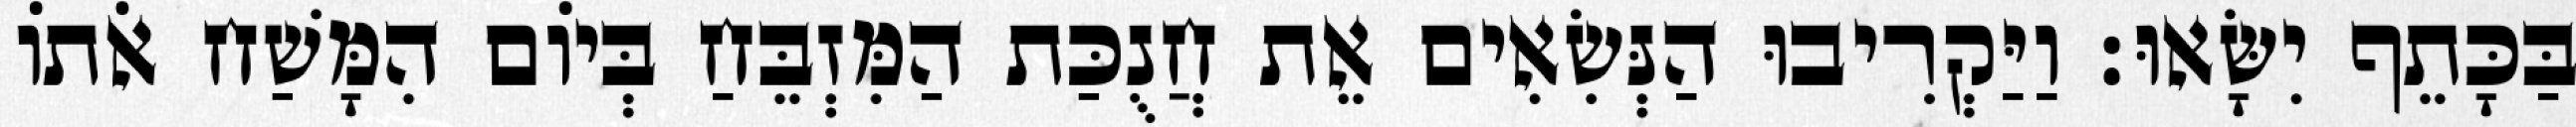
בַּכָּתֵף יִשָּׂאוּ׃ וַיַּקְרִיבוּ הַנְּשִׂאִים אֵת חֲנֻכַּת הַמִּזְבֵּחַ בְּיוֹם הִמָּשַׁח אֹתוֹ